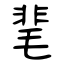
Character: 靟